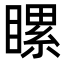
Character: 𥉹